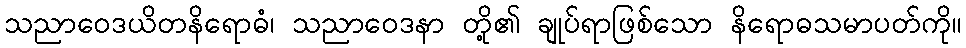
သညာဝေဒယိတနိရောဓံ၊ သညာဝေဒနာ တို့၏ ချုပ်ရာဖြစ်သော နိရောဓသမာပတ်ကို။